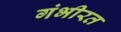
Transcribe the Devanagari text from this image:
गंभीरत